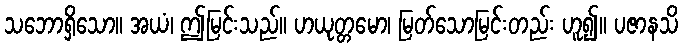
သဘောရှိသော။ အယံ၊ ဤမြင်းသည်။ ဟယုတ္တမော၊ မြတ်သောမြင်းတည်း ဟူ၍။ ပဇာနသိ